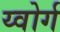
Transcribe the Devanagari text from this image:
य्वोर्ग